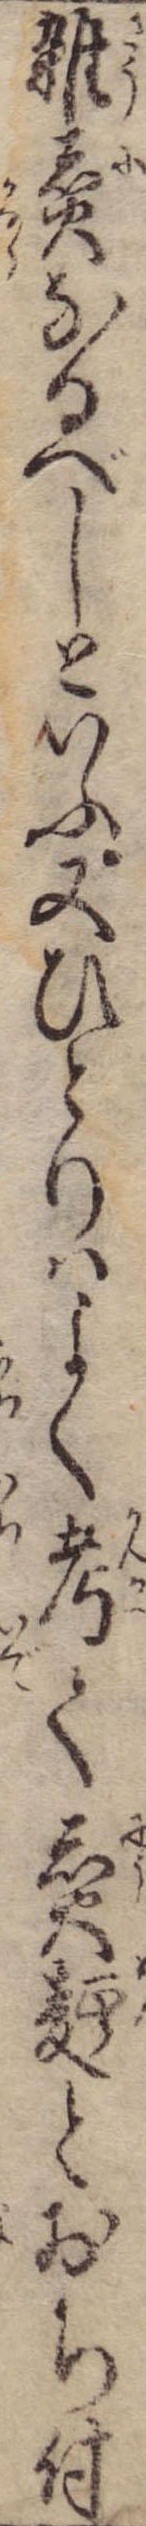
雑煮なるべしといふ又ひとりはよく考て煮麺とおち付